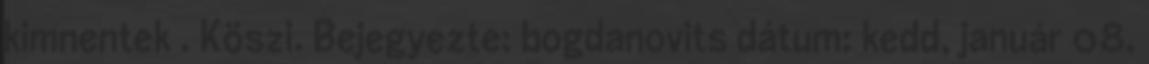
kimnentek . Köszi. Bejegyezte: bogdanovits dátum: kedd, január 08,